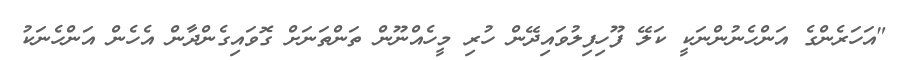
"އަހަރެންގެ އަންހެނުންނަކީ ކަލޭ ފޫހިފިލުވައިދޭން ހުރި މީހެއްނޫން ތަންތަނަށް ގޮވައިގެންދާން އެހެން އަންހެނަކު